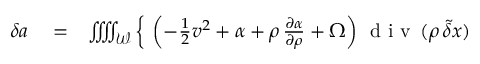
\begin{array} { r l r } { \delta a } & { { } = } & { \iiiint _ { \mathcal W } \left\{ \ \left( - \frac { 1 } { 2 } { \boldsymbol v } ^ { 2 } + \alpha + \rho \, \frac { \partial \alpha } { \partial \rho } + \Omega \right) \, \mathrm { ~ d ~ i ~ v ~ } \, ( \rho \, \tilde { \delta } \boldsymbol { x } ) \right. } \end{array}